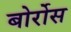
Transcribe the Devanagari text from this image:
बोर्रोस